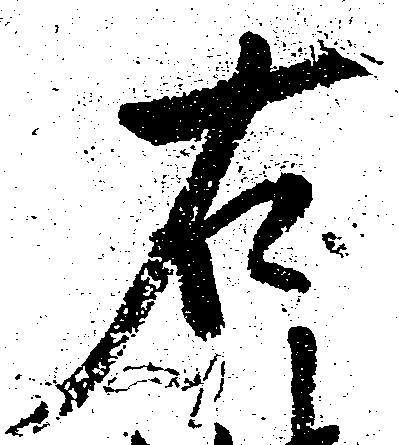
右